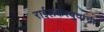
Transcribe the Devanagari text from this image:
राईलकरबुवांची